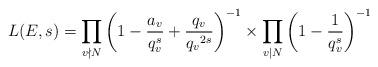
LaTeX: \begin{align*} L(E,s)=\prod_{v\nmid N}^{}\left(1-\frac{a_v}{q_v^{s}}+\frac{q_v}{{q_v}^{2s}}\right)^{-1} \times\prod_{v\mid N}^{}\left(1-\frac{1}{q_v^{s}}\right)^{-1} \end{align*}